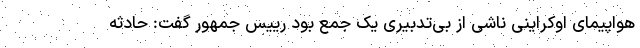
هواپیمای اوکراینی ناشی از بی‌تدبیری یک جمع بود رییس جمهور گفت: حادثه